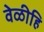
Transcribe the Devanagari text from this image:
वेळीहि